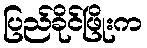
ပြည်ခိုင်ဖြိုးက